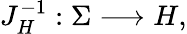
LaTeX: J_{H}^{-1}:\Sigma\longrightarrow H,